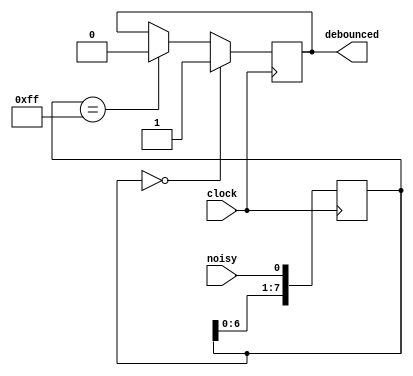
module debouncer 
(
	input 		noisy,
	input 		clock,
	output reg 	debounced
);

reg [7:0] shiftreg;

initial begin
shiftreg=8'hFF;
debounced=1'b0;
end

always @ (posedge clock) 
begin
	shiftreg[7:0] <= {shiftreg[6:0], noisy};
	if (shiftreg[7:0] == 8'b00000000) 
	begin
		debounced <= 1'b1;
	end 
	else if (shiftreg[7:0] == 8'b11111111) 
	begin
		debounced <= 1'b0;
	end 
	else 
	begin
		debounced <= debounced;
	end
end

endmodule